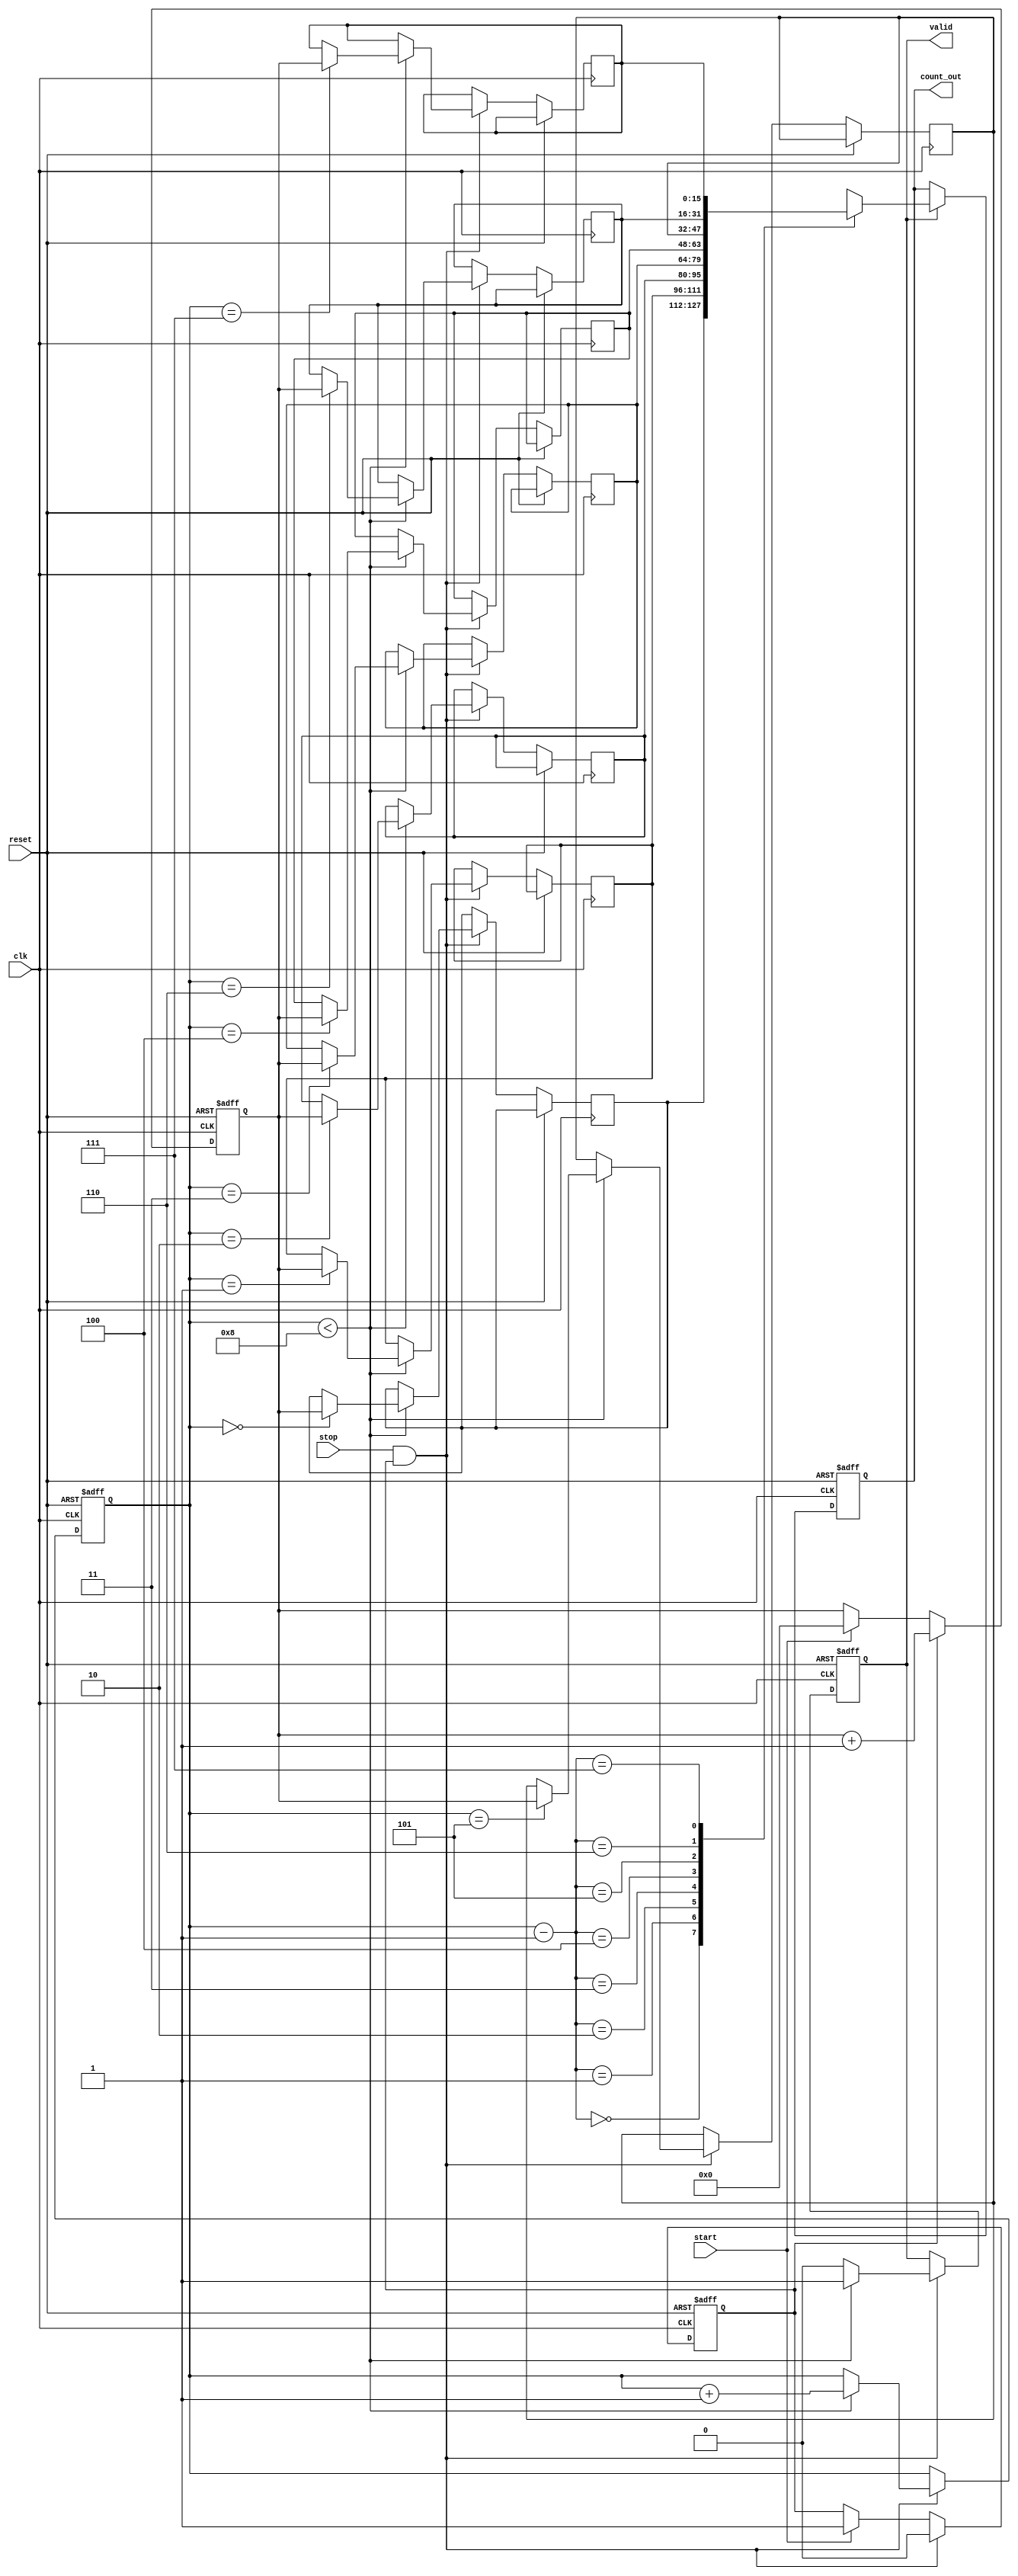
module TDC (
    input wire clk,            // Clock signal
    input wire reset,          // Asynchronous reset signal
    input wire start,          // Start signal
    input wire stop,           // Stop signal
    output reg [15:0] count_out, // Output count value (16-bit wide)
    output reg valid           // Valid output signal
);

    // Parameters
    parameter COUNTER_WIDTH = 16; // Width of the counter
    parameter MEM_DEPTH = 8;        // Depth of the memory block

    // Counter and Memory Declaration
    reg [COUNTER_WIDTH-1:0] counter; // Counter to measure time intervals
    reg [COUNTER_WIDTH-1:0] memory [0:MEM_DEPTH-1]; // Memory block
    reg [2:0] write_pointer;         // Pointer for writing to memory
    reg counting;                    // Flag to indicate counting state

    // Process for counter and control logic
    always @(posedge clk or posedge reset) begin
        if (reset) begin
            // Reset all registers and outputs
            counter <= 0;
            write_pointer <= 0;
            count_out <= 0;
            valid <= 0;
            counting <= 0;
        end else begin
            if (start) begin
                // Start counting on the rising edge of the Start signal
                counting <= 1;
                counter <= 0; // Reset counter on start
            end
            
            if (counting) begin
                // Increment counter while counting
                counter <= counter + 1;
            end
            
            if (stop && counting) begin
                // Stop counting on the rising edge of the Stop signal
                counting <= 0;
                
                // Store the current count value in memory
                if (write_pointer < MEM_DEPTH) begin
                    memory[write_pointer] <= counter;
                    write_pointer <= write_pointer + 1;
                    valid <= 1; // Indicate valid data available
                end else begin
                    // Optional: Handle overflow (e.g., reset or indication)
                    valid <= 0; // Indicate no valid data if memory is full
                end
            end
            
            // Output the last stored count value
            if (valid) begin
                count_out <= memory[write_pointer - 1]; // Output last valid count
            end
        end
    end

endmodule